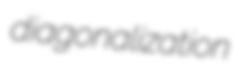
diagonalization